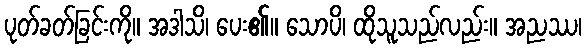
ပုတ်ခတ်ခြင်းကို။ အဒါသိ၊ ပေး၏။ သောပိ၊ ထိုသူသည်လည်း။ အညဿ၊